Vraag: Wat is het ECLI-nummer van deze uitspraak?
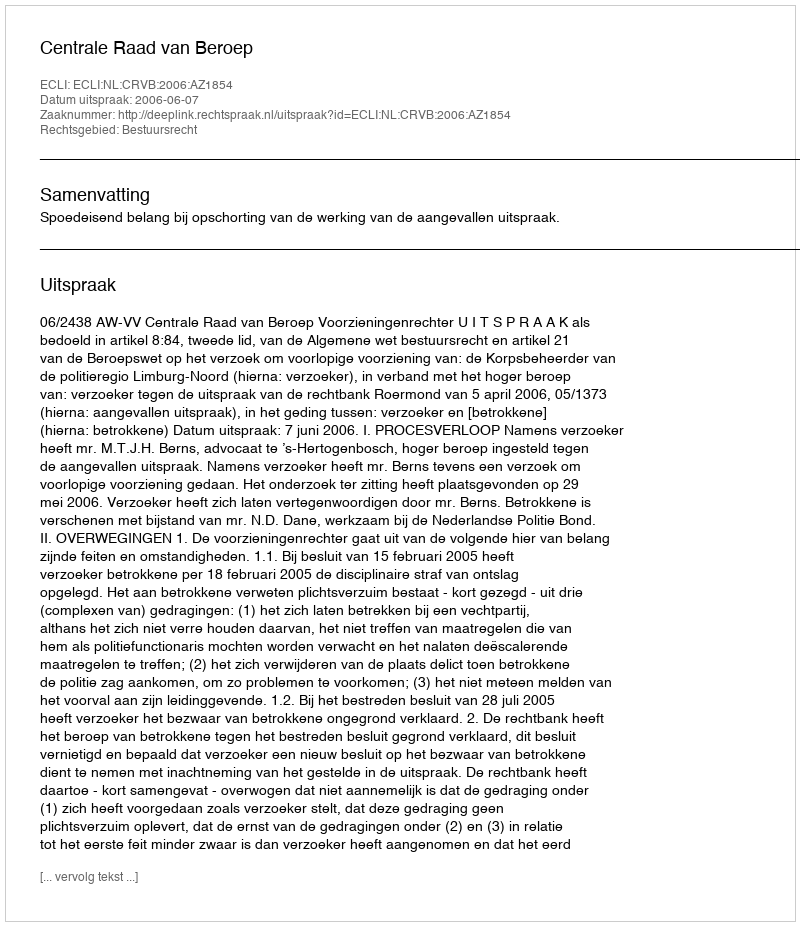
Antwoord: ECLI:NL:CRVB:2006:AZ1854